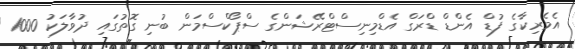
އެމެރިކާގެ ފުޑް އެންޑް ޑްރަގް އެޑްމިނިސްޓްރޭޝަންގެ ސްޕޯކްސްމަން ބުނި ގޮތުގައި ދުވާލަކު 1000